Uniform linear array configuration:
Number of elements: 24
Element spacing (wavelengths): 0.25
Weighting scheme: exponential
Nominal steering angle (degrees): -30
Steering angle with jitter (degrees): -30.957
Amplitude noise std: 0.05
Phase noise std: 0.05

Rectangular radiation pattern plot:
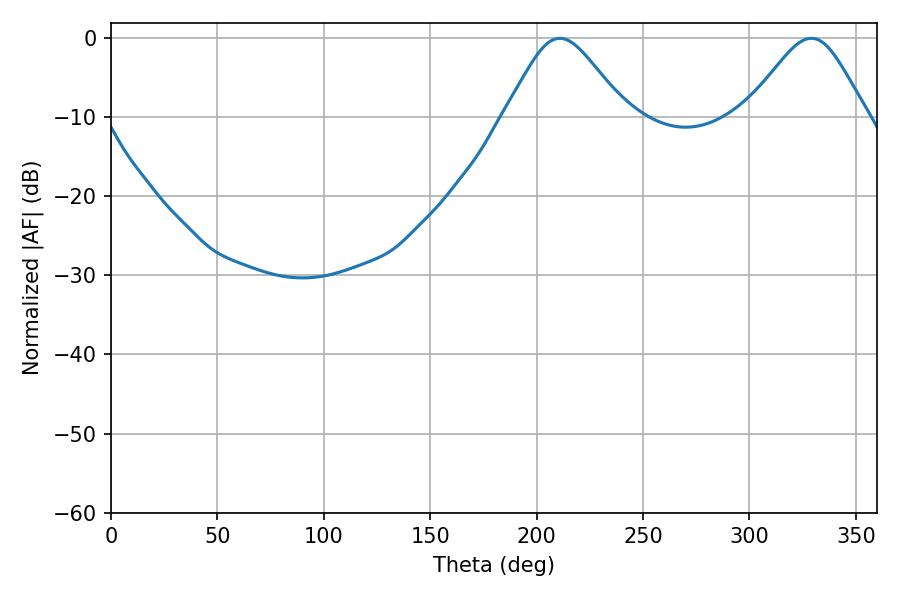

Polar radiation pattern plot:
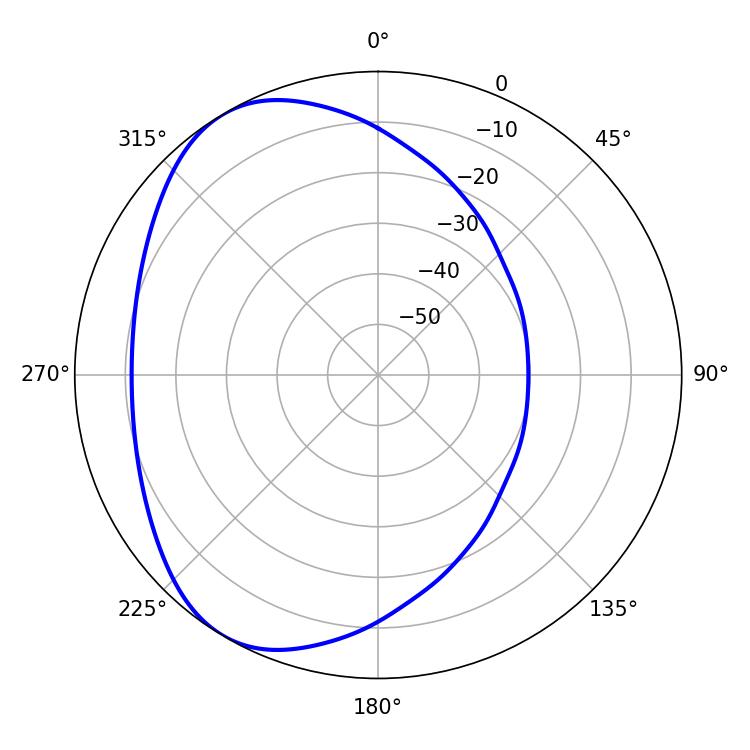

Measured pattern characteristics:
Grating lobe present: FALSE
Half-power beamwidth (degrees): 27.72
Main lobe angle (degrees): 210.96